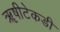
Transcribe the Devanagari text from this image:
ॠषीटेकडी